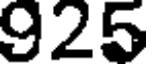
925